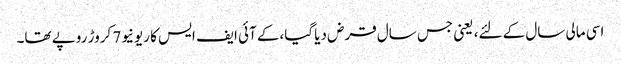
اسی مالی سال کے لئے، یعنی جس سال قرض دیا گیا،کے آئی ایف ایس کا ریونیو7 کروڑ روپے تھا۔